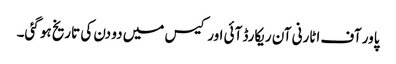
پاور آف اٹارنی آن ریکارڈ آئی اورکیس میں دو دن کی تاریخ ہو گئی۔